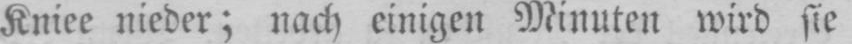
Kniee nieder; nach einigen Minuten wird sie